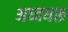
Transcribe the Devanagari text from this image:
अध्वयरू